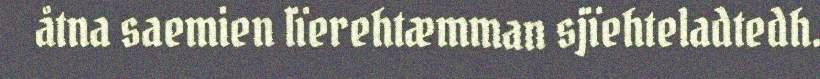
åtna saemien lïerehtæmman sjïehteladtedh.